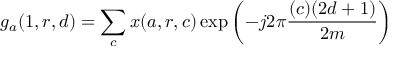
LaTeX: g _ { a } ( 1 , r , d ) = \sum _ { c } x ( a , r , c ) \exp \left( - j 2 \pi { \frac { ( c ) ( 2 d + 1 ) } { 2 m } } \right)